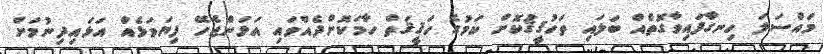
މައްސަލަ ހިނގާފައިވާގޮތެއް ބަލައި ތަހުޤީޤުކޮށް ކަމުގެ ހަޤީޤަތް ހާމަކޮށްދެއްވައި އަޅަންޖެހޭ ފިޔަވަޅެއް އަޅައިދިނުމަށް